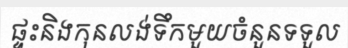
ផ្ទះនិងកុនលង់ទឹកមួយចំនួនទទួល